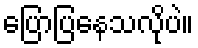
ပြောပြနေသလိုပဲ။